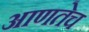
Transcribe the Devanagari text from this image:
आणतेच